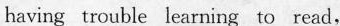
having trouble learning to read,